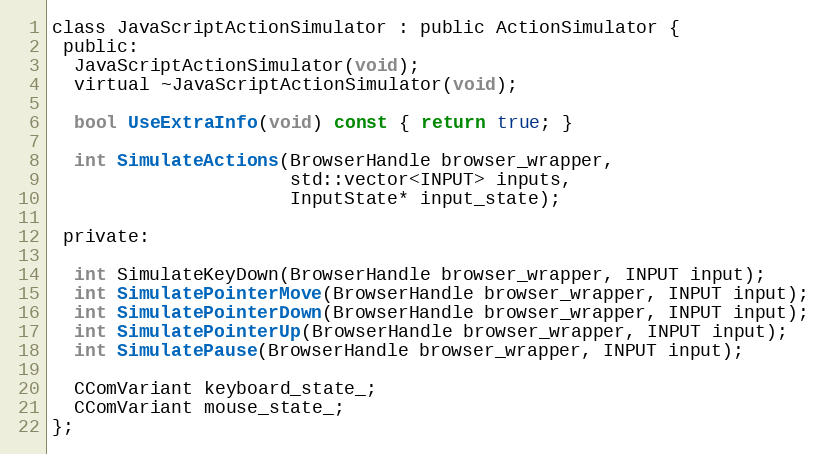
Language: C
class JavaScriptActionSimulator : public ActionSimulator {
 public:
  JavaScriptActionSimulator(void);
  virtual ~JavaScriptActionSimulator(void);

  bool UseExtraInfo(void) const { return true; }

  int SimulateActions(BrowserHandle browser_wrapper,
                      std::vector<INPUT> inputs,
                      InputState* input_state);

 private:

  int SimulateKeyDown(BrowserHandle browser_wrapper, INPUT input);
  int SimulatePointerMove(BrowserHandle browser_wrapper, INPUT input);
  int SimulatePointerDown(BrowserHandle browser_wrapper, INPUT input);
  int SimulatePointerUp(BrowserHandle browser_wrapper, INPUT input);
  int SimulatePause(BrowserHandle browser_wrapper, INPUT input);

  CComVariant keyboard_state_;
  CComVariant mouse_state_;
};